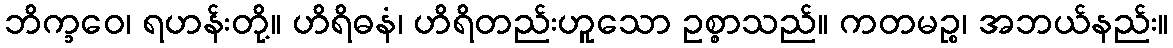
ဘိက္ခဝေ၊ ရဟန်းတို့။ ဟိရိဓနံ၊ ဟိရိတည်းဟူသော ဥစ္စာသည်။ ကတမဉ္စ၊ အဘယ်နည်း။